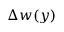
\Delta w ( y )